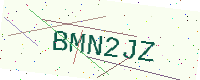
Text: BMN2JZ